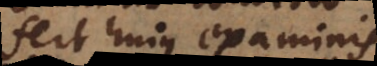
fert hujus examinis